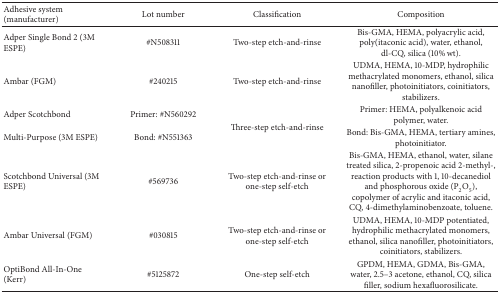
<table><thead><tr><td><b>Adhesive system (manufacturer)</b></td><td><b>Lot number</b></td><td><b>Classification</b></td><td><b>Composition</b></td></tr></thead><tbody><tr><td>Adper Single Bond 2 (3M ESPE)</td><td>#N508311</td><td>Two-step etch-and-rinse</td><td>Bis-GMA, HEMA, polyacrylic acid, poly(itaconic acid), water, ethanol, dl-CQ, silica (10% wt).</td></tr><tr><td>Ambar (FGM)</td><td>#240215</td><td>Two-step etch-and-rinse</td><td>UDMA, HEMA, 10-MDP, hydrophilic methacrylated monomers, ethanol, silica nanofiller, photoinitiators, coinitiators, stabilizers.</td></tr><tr><td>Adper Scotchbond</td><td>Primer: #N560292</td><td rowspan="2">Three-step etch-and-rinse</td><td>Primer: HEMA, polyalkenoic acid polymer, water.</td></tr><tr><td>Multi-Purpose (3M ESPE)</td><td>Bond: #N551363</td><td>Bond: Bis-GMA, HEMA, tertiary amines, photoinitiator.</td></tr><tr><td>Scotchbond Universal (3M ESPE)</td><td>#569736</td><td>Two-step etch-and-rinse or one-step self-etch</td><td>Bis-GMA, HEMA, ethanol, water, silane treated silica, 2-propenoic acid 2-methyl-, reaction products with 1, 10-decanediol and phosphorous oxide (P<sub>2</sub>O<sub>5</sub>), copolymer of acrylic and itaconic acid, CQ, 4-dimethylaminobenzoate, toluene.</td></tr><tr><td>Ambar Universal (FGM)</td><td>#030815</td><td>Two-step etch-and-rinse or one-step self-etch</td><td>UDMA, HEMA, 10-MDP potentiated, hydrophilic methacrylated monomers, ethanol, silica nanofiller, photoinitiators, coinitiators, stabilizers.</td></tr><tr><td>OptiBond All-In-One (Kerr)</td><td>#5125872</td><td>One-step self-etch</td><td>GPDM, HEMA, GDMA, Bis-GMA, water, 2.5–3 acetone, ethanol, CQ, silica filler, sodium hexafluorosilicate.</td></tr></tbody></table>